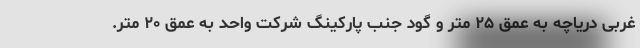
غربی دریاچه به عمق ۲۵ متر و گود جنب پارکینگ شرکت واحد به عمق ۲۰ متر.